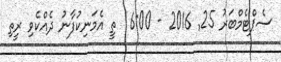
ސެޕްޓެމްބަރު 25